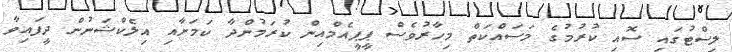
ލިސްޓުގައި ސޮއި ކުރުމުގެ މަސައްކަތް މިހާރުވެސް ޕީޕީއެމްއިން ކުރަމުންދާ ކަމަށާއި އިލެކްޝަނުން ދީފައިވާ